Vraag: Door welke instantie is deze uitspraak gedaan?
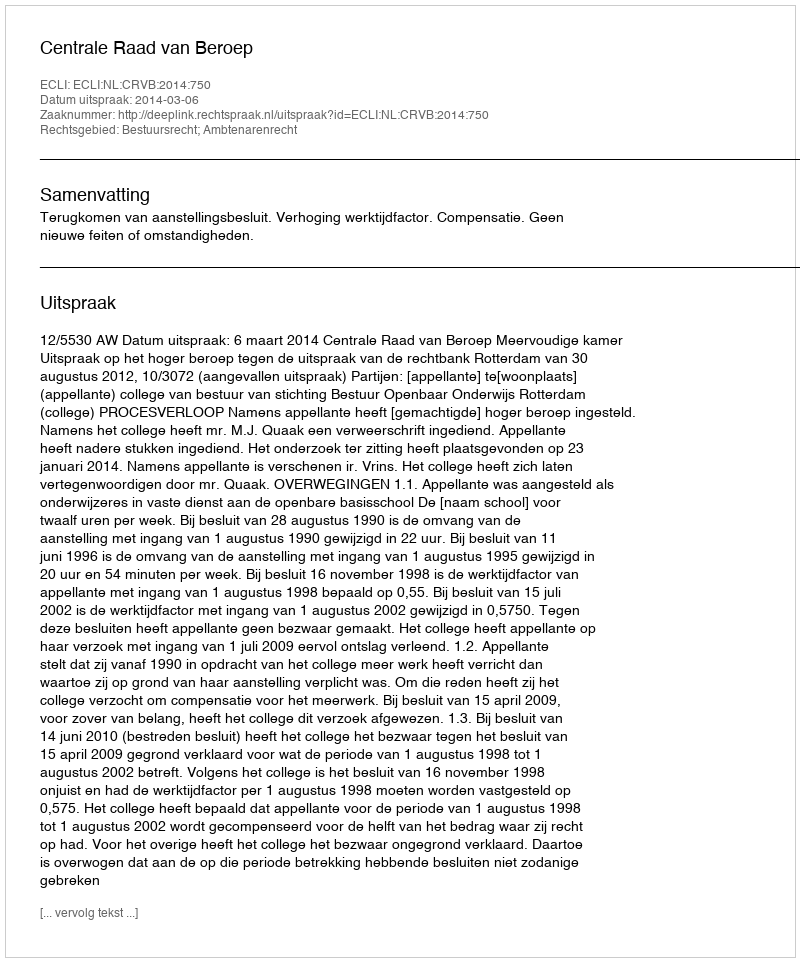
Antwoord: Centrale Raad van Beroep